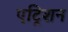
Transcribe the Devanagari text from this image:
एट्रिशन